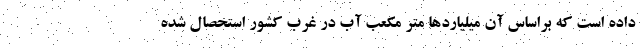
داده است که براساس آن میلیاردها متر مکعب آب در غرب کشور استحصال شده